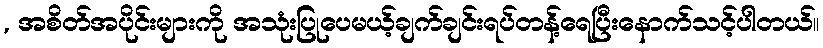
, အစိတ်အပိုင်းများကို အသုံးပြုပေမယ့်ချက်ချင်းရပ်တန့်ရေပြီးနောက်သင့်ပါတယ်။